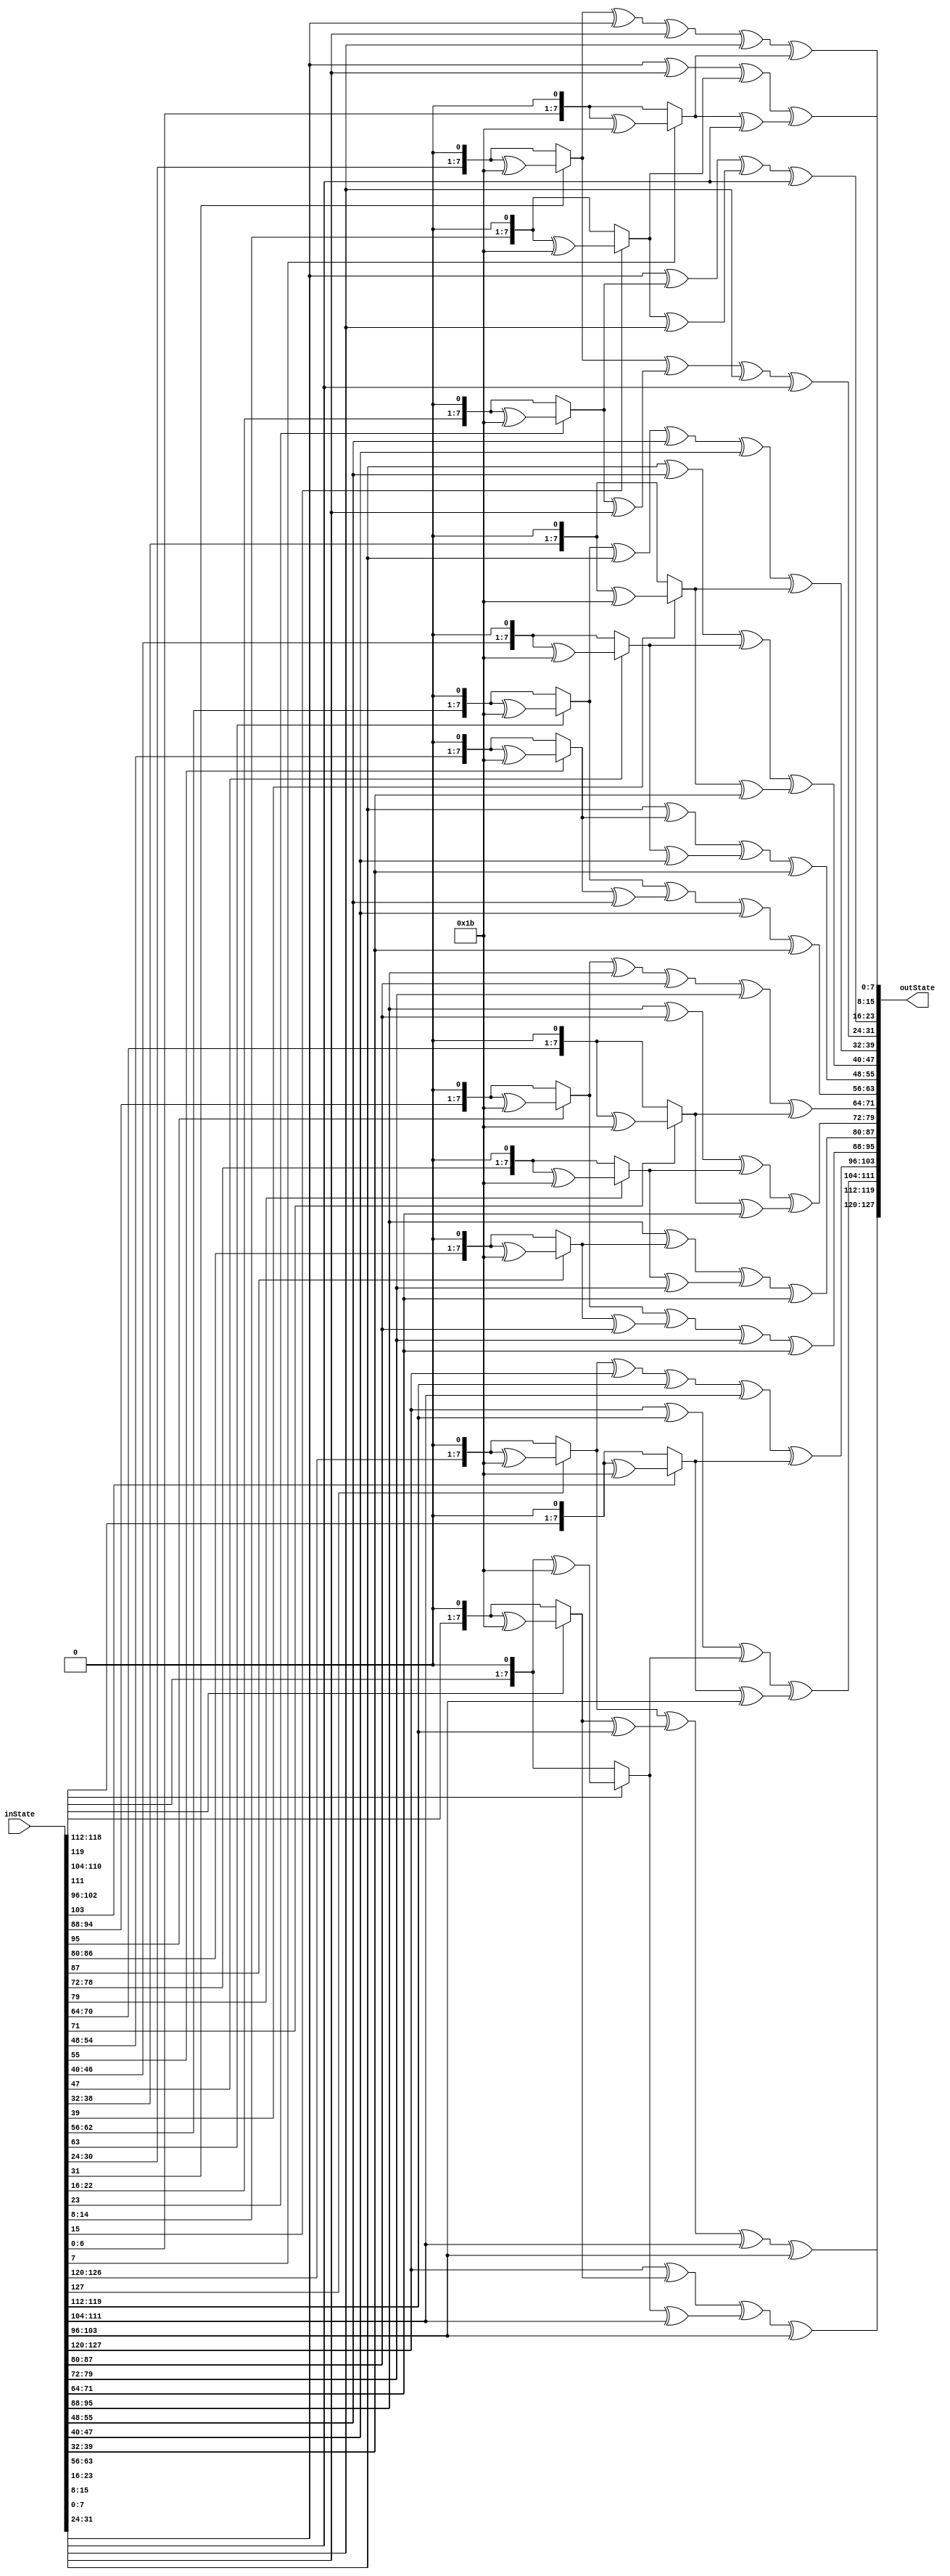
module mixColumns(inState, outState);

input[0:127] inState;
output[0:127] outState;


// multiplication by 2: leftshift by one bit and xor with 1b iff MSB is 1
function [0:7] mulBy2;
	input [0:7] inp;
	begin
		mulBy2 = (inp[0] == 1'b0)? (inp << 1): (inp << 1)^8'h1b;
	end

endfunction

// multiplication by 3 = multiplication by (2 ^ 1)

function [0:7] mulBy3;
	input [0:7] inp;
	begin
		mulBy3 = mulBy2(inp) ^ inp;
	end
endfunction



genvar i;

generate

	for(i = 0; i < 4; i = i + 1) begin: mc_steps
	
	assign outState[i*32 +: 8] = mulBy2(inState[i*32 +: 8]) ^ mulBy3(inState[(i*32+8) +: 8]) ^ inState[(i*32+16) +: 8] ^ inState[(i*32+24) +: 8];
	assign outState[(i*32+8) +: 8] = inState[i*32 +: 8] ^ mulBy2(inState[(i*32+8) +: 8]) ^ mulBy3(inState[(i*32+16) +: 8]) ^ inState[(i*32+24) +: 8];
	assign outState[(i*32+16) +: 8] = inState[i*32 +: 8] ^ inState[(i*32+8) +: 8] ^ mulBy2(inState[(i*32+16) +: 8]) ^ mulBy3(inState[(i*32+24) +: 8]);
	assign outState[(i*32+24) +: 8] = mulBy3(inState[i*32 +: 8]) ^ inState[(i*32+8) +: 8] ^ inState[(i*32+16) +: 8] ^ mulBy2(inState[(i*32+24) +: 8]);
	
	end

endgenerate



endmodule